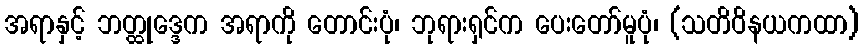
အရာနှင့် ဘတ္ထုဒ္ဒေက အရာကို တောင်းပုံ၊ ဘုရားရှင်က ပေးတော်မူပုံ၊ (သတိဝိနယကထာ)